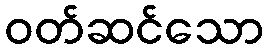
ဝတ်ဆင်သော